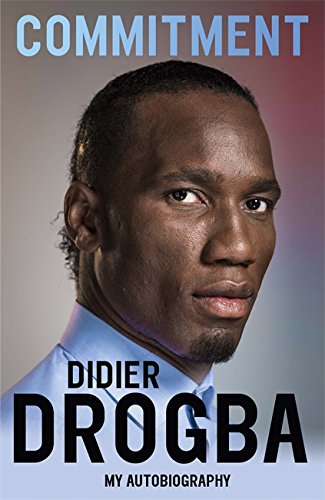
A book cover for Commitment: My Autobiography; Didier Drogba; Biographies & Memoirs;